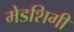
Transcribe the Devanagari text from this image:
मेडशिगी